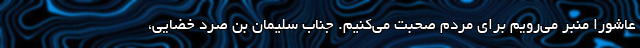
عاشورا منبر می‌رویم برای مردم صحبت می‌کنیم. جناب سلیمان بن صرد خضایی،